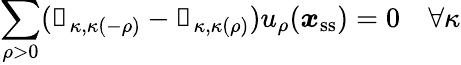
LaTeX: \sum_{\rho>0}({\mathbb 1}_{\kappa,\kappa(-\rho)}-{\mathbb 1}_{\kappa,\kappa(\rho)})u_{\rho}(\boldsymbol{x}_{\mathrm{ss}})=0\mathrm{~}\mathrm{~}\mathrm{~}\mathrm{~}\forall\kappa